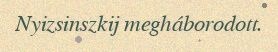
Nyizsinszkij megháborodott.